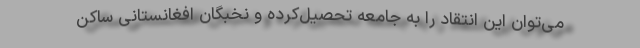
می‌توان این انتقاد را به جامعه تحصیل‌کرده و نخبگان افغانستانی ساکن